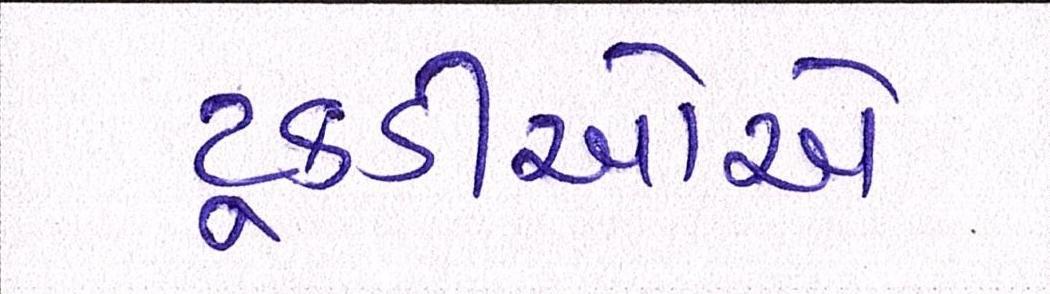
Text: ટૂકડીઓએ